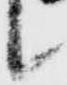
候